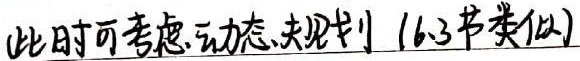
此时可考虑动态规划（6.3节类似）